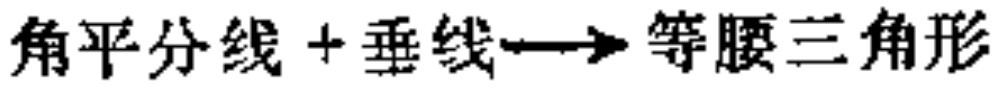
角平分线 + 垂线$\longrightarrow$等腰三角形